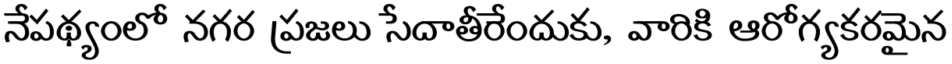
నేపథ్యంలో నగర ప్రజలు సేదాతీరేందుకు, వారికి ఆరోగ్యకరమైన